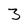
Character: 3